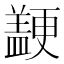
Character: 𱻒